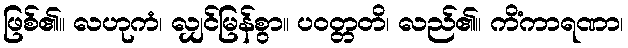
ဖြစ်၏။ လဟုကံ၊ လျှင်မြန်စွာ။ ပဝတ္တတိ၊ လည်၏။ ကိံကာရဏာ၊